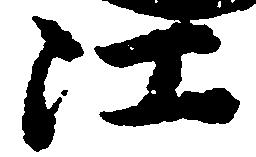
江